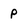
Character: p